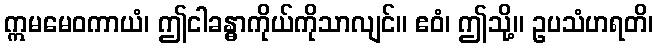
ဣမမေဝကာယံ၊ ဤငါခန္ဓာကိုယ်ကိုသာလျင်။ ဧဝံ၊ ဤသို့။ ဥပသံဟရတိ၊